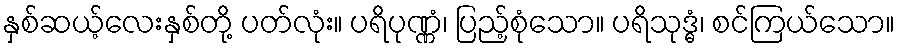
နှစ်ဆယ့်လေးနှစ်တို့ ပတ်လုံး။ ပရိပုဏ္ဏံ၊ ပြည့်စုံသော။ ပရိသုဒ္ဓံ၊ စင်ကြယ်သော။